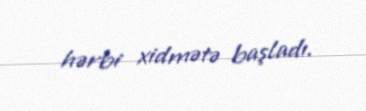
hərbi xidmətə başladı.